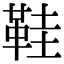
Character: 鞋